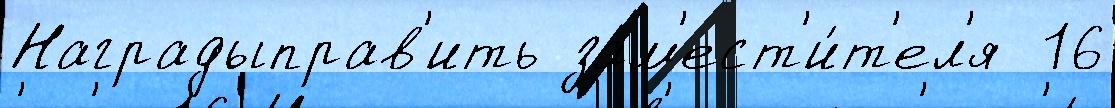
Наградыправ'ить зам'ест'и́т'ел'я  16